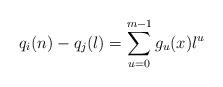
LaTeX: \begin{align*}q_i(n)-q_j(l)=\sum_{u=0}^{m-1}g_u(x)l^u\end{align*}